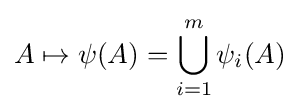
A\mapsto \psi (A)=\bigcup _{i=1}^{m}\psi _{i}(A)